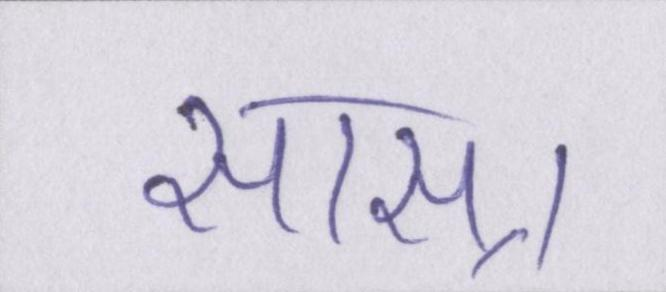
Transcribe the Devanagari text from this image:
सास्।